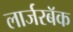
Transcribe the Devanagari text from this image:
लार्जरबॅक